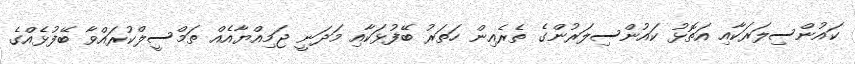
ކައުންސިލަރަކާއި އަތޮޅު ކައުންސިލަރުންގެ ތެރެއިން ހަތަރު ބޭފުޅަކާއި މަދަނީ ޖަމިއްޔާއެއް ތަމްސީލްކުރައްވާ ބޭފުޅެއްގެ